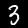
Label: 3